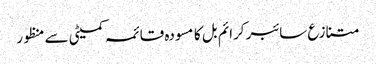
متنازع سائبر کرائم بل کا مسودہ قائمہ کمیٹی سے منظور